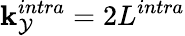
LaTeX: \mathbf{k}_{\mathcal{{Y}}}^{intra}=2L^{intra}